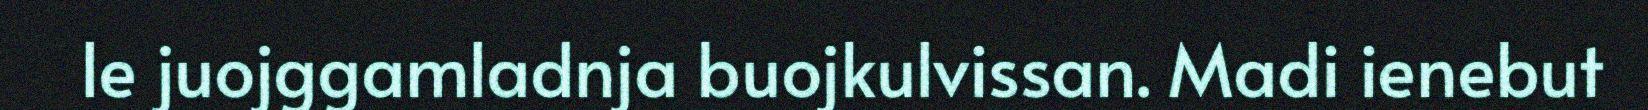
le juojggamladnja buojkulvissan. Madi ienebut